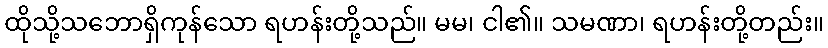
ထိုသို့သဘောရှိကုန်သော ရဟန်းတို့သည်။ မမ၊ ငါ၏။ သမဏာ၊ ရဟန်းတို့တည်း။